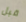
قبل